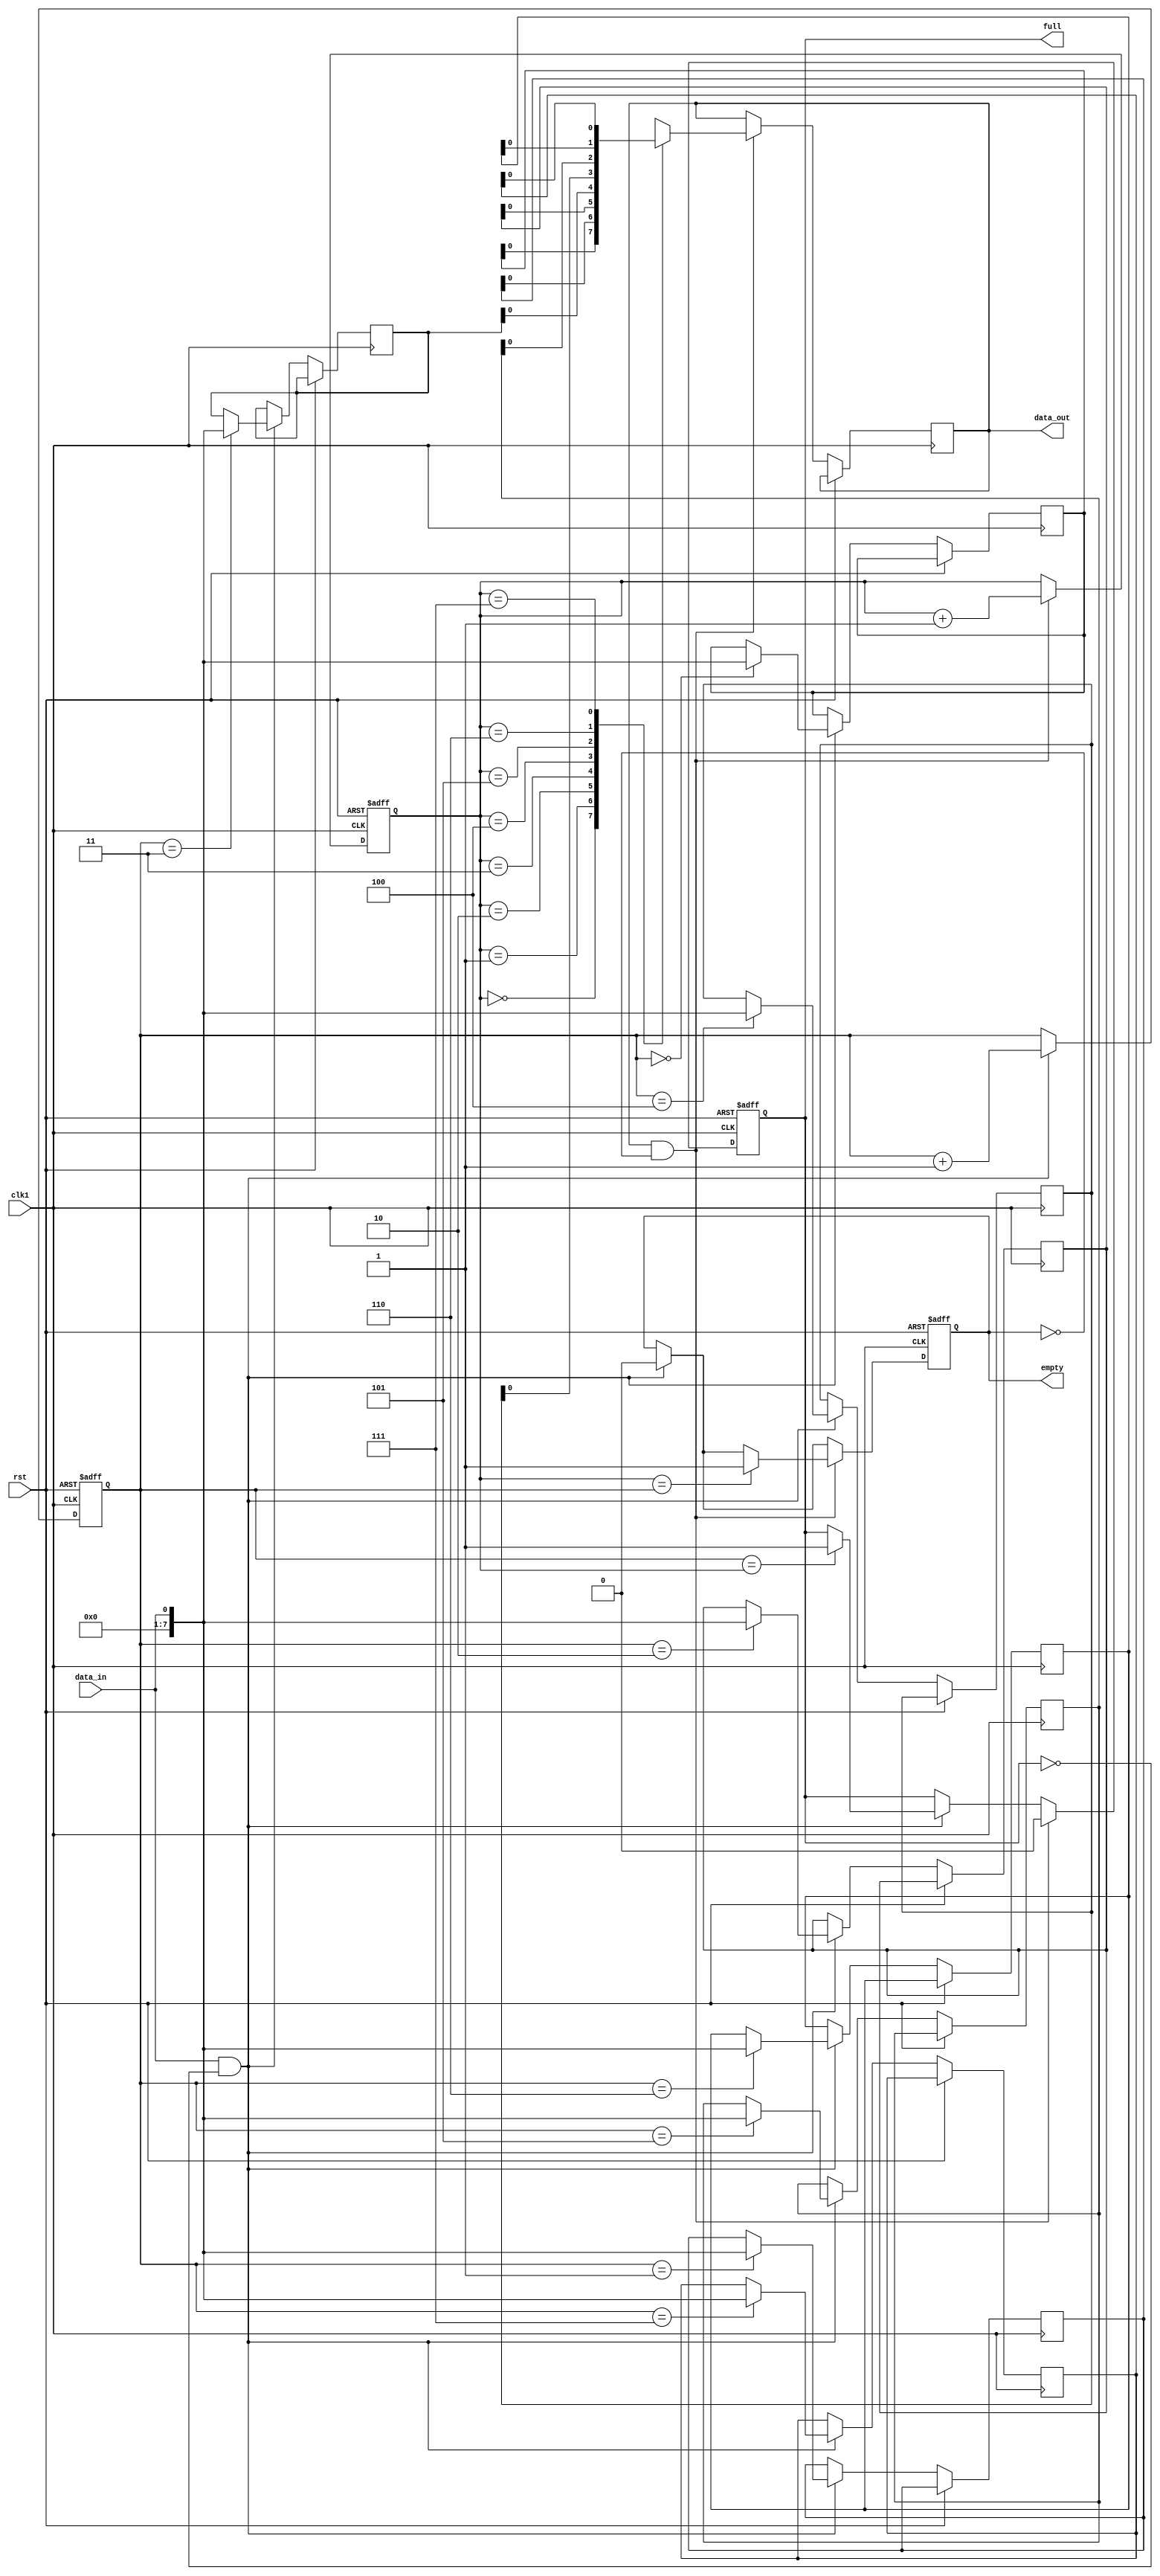
module level_sensitive_fifo (
  input clk1,
  input rst,
  input data_in,
  output reg data_out,
  output reg full,
  output reg empty
);

reg [7:0] buffer [0:7];
reg [2:0] write_ptr = 0;
reg [2:0] read_ptr = 0;

always @(posedge clk1 or posedge rst) begin
  if (rst) begin
    write_ptr <= 0;
    read_ptr <= 0;
    full <= 0;
    empty <= 1;
  end else begin
    if (data_in && !full) begin
      buffer[write_ptr] <= data_in;
      write_ptr <= write_ptr + 1;
      
      if (write_ptr == read_ptr)
        full <= 1;
      
      empty <= 0;
    end
    
    if (data_out && !empty) begin
      data_out <= buffer[read_ptr];
      read_ptr <= read_ptr + 1;
      
      if (read_ptr == write_ptr)
        empty <= 1;
      
      full <= 0;
    end
  end
end

endmodule